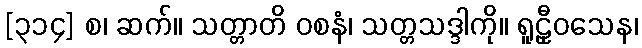
[၃၁၄] စ၊ ဆက်။ သတ္တာတိ ဝစနံ၊ သတ္တသဒ္ဒါကို။ ရူဠှီဝသေန၊